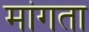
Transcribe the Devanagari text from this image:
मा॑गता